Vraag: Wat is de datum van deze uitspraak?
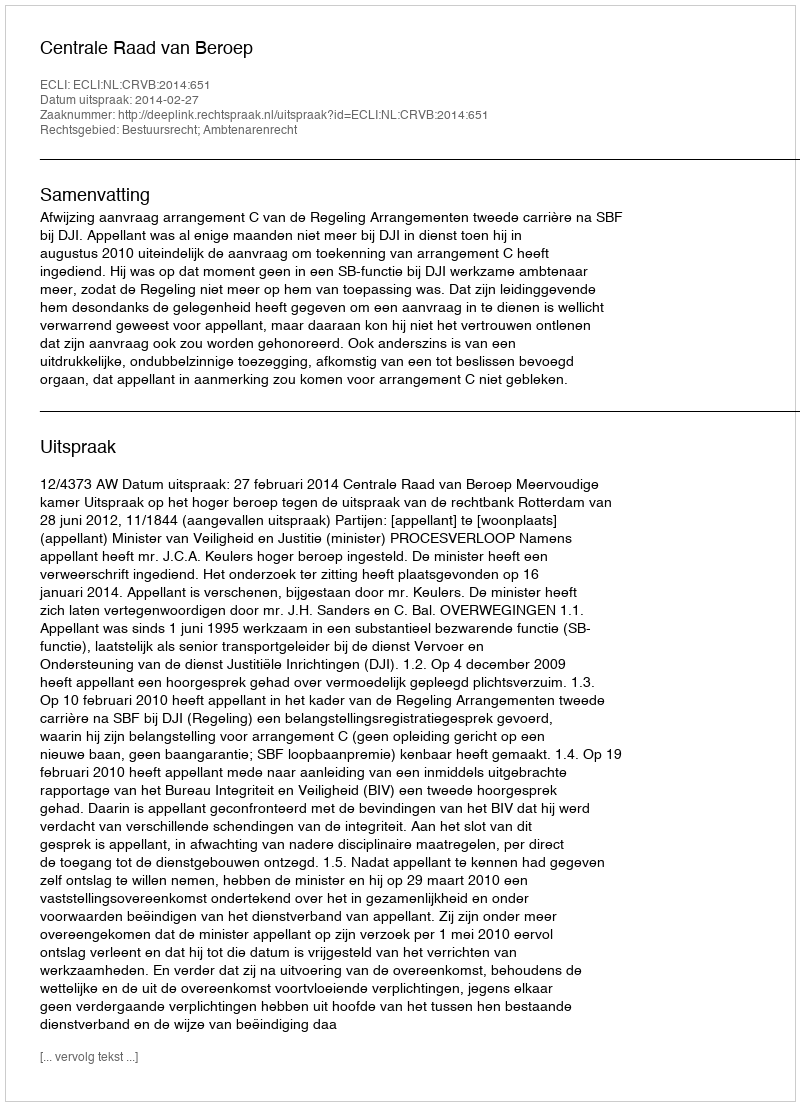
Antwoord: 2014-02-27